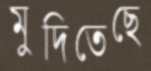
মুদিতেছে